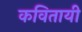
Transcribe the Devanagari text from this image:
कवितायी